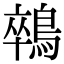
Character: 𪁽